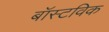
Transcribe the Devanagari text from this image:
बॉस्टविक